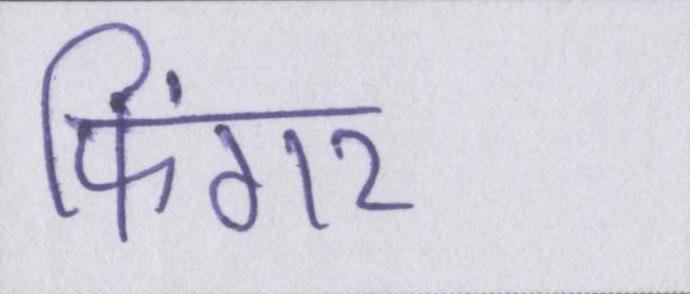
फिंगर